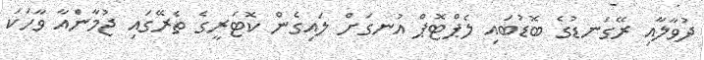
ދުވާލާއި ރޭގަނޑުގެ ބޮޑުބައި ލެޕްޓޮޕް އުނގަށް ލައިގެން ކޮޓަރީގެ ތެރޭގައި ޖުމާންެއާ ވާހަކަ